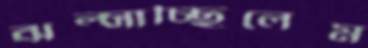
ঝল্‌সাচ্ছিলেম